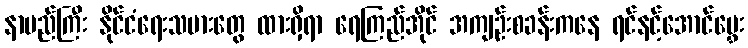
နာမည်ကြီး နိုင်ငံရေးသမားတွေ ထားရှိရာ ရေကြည်အိုင် အကျဉ်းစခန်းကနေ ရင်နင့်အောင်မွှေး